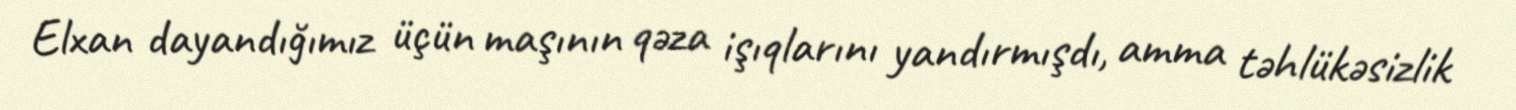
Elxan dayandığımız üçün maşının qəza işıqlarını yandırmışdı, amma təhlükəsizlik